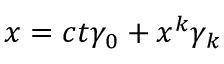
x = c t \gamma _ { 0 } + x ^ { k } \gamma _ { k }